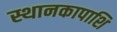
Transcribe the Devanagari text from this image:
स्थानकापाशि